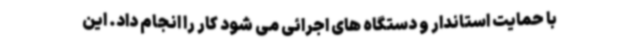
با حمایت استاندار و دستگاه های اجرائی می شود کار را انجام داد. این